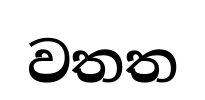
වතත